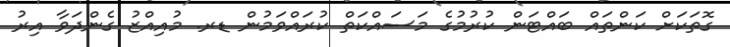
ގޮތަކަށް ކަންތައް ބައްޓަން ކުރުމުގެ މަސައްކަތް ކުރައްވަމުން ޑރ. މުއިއްޒު ގެންދަވާ އިރު